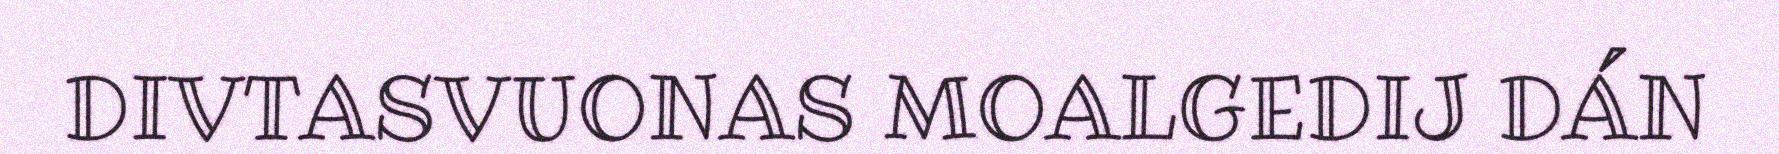
DIVTASVUONAS MOALGEDIJ DÁN